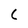
Character: c